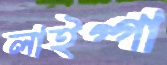
লাইগ্গা